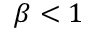
\beta < 1